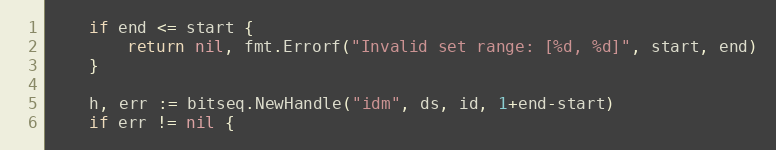
Language: Go
	if end <= start {
		return nil, fmt.Errorf("Invalid set range: [%d, %d]", start, end)
	}

	h, err := bitseq.NewHandle("idm", ds, id, 1+end-start)
	if err != nil {